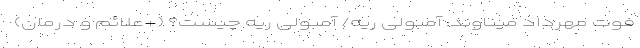
فوت مهرداد میناوند: آمبولی ریه/ آمبولی ریه چیست؟ (+علائم و درمان)